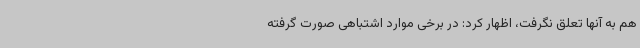
هم به آنها تعلق نگرفت، اظهار کرد: در برخی موارد اشتباهی صورت گرفته